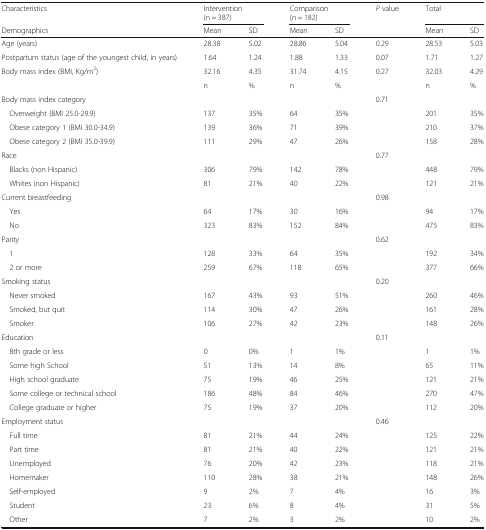
<table><thead><tr><td><b>Characteristics</b></td><td colspan="2"><b>Intervention(n = 387)</b></td><td colspan="2"><b>Comparison(n = 182)</b></td><td><b><i>P</i> value</b></td><td colspan="2"><b>Total</b></td></tr><tr><td><b>Demographics</b></td><td><b>Mean</b></td><td><b>SD</b></td><td><b>Mean</b></td><td><b>SD</b></td><td></td><td><b>Mean</b></td><td><b>SD</b></td></tr></thead><tbody><tr><td>Age (years)</td><td>28.38</td><td>5.02</td><td>28.86</td><td>5.04</td><td>0.29</td><td>28.53</td><td>5.03</td></tr><tr><td>Postpartum status (age of the youngest child, in years)</td><td>1.64</td><td>1.24</td><td>1.88</td><td>1.33</td><td>0.07</td><td>1.71</td><td>1.27</td></tr><tr><td>Body mass index (BMI, Kg/m<sup>2</sup>)</td><td>32.16</td><td>4.35</td><td>31.74</td><td>4.15</td><td>0.27</td><td>32.03</td><td>4.29</td></tr><tr><td></td><td>n</td><td>%</td><td>n</td><td>%</td><td></td><td>n</td><td>%</td></tr><tr><td>Body mass index category</td><td></td><td></td><td></td><td></td><td>0.71</td><td></td><td></td></tr><tr><td> Overweight (BMI 25.0-29.9)</td><td>137</td><td>35%</td><td>64</td><td>35%</td><td></td><td>201</td><td>35%</td></tr><tr><td> Obese category 1 (BMI 30.0-34.9)</td><td>139</td><td>36%</td><td>71</td><td>39%</td><td></td><td>210</td><td>37%</td></tr><tr><td> Obese category 2 (BMI 35.0-39.9)</td><td>111</td><td>29%</td><td>47</td><td>26%</td><td></td><td>158</td><td>28%</td></tr><tr><td>Race</td><td></td><td></td><td></td><td></td><td>0.77</td><td></td><td></td></tr><tr><td> Blacks (non Hispanic)</td><td>306</td><td>79%</td><td>142</td><td>78%</td><td></td><td>448</td><td>79%</td></tr><tr><td> Whites (non Hispanic)</td><td>81</td><td>21%</td><td>40</td><td>22%</td><td></td><td>121</td><td>21%</td></tr><tr><td>Current breastfeeding</td><td></td><td></td><td></td><td></td><td>0.98</td><td></td><td></td></tr><tr><td> Yes</td><td>64</td><td>17%</td><td>30</td><td>16%</td><td></td><td>94</td><td>17%</td></tr><tr><td> No</td><td>323</td><td>83%</td><td>152</td><td>84%</td><td></td><td>475</td><td>83%</td></tr><tr><td>Parity</td><td></td><td></td><td></td><td></td><td>0.62</td><td></td><td></td></tr><tr><td> 1</td><td>128</td><td>33%</td><td>64</td><td>35%</td><td></td><td>192</td><td>34%</td></tr><tr><td> 2 or more</td><td>259</td><td>67%</td><td>118</td><td>65%</td><td></td><td>377</td><td>66%</td></tr><tr><td>Smoking status</td><td></td><td></td><td></td><td></td><td>0.20</td><td></td><td></td></tr><tr><td> Never smoked</td><td>167</td><td>43%</td><td>93</td><td>51%</td><td></td><td>260</td><td>46%</td></tr><tr><td> Smoked, but quit</td><td>114</td><td>30%</td><td>47</td><td>26%</td><td></td><td>161</td><td>28%</td></tr><tr><td> Smoker</td><td>106</td><td>27%</td><td>42</td><td>23%</td><td></td><td>148</td><td>26%</td></tr><tr><td>Education</td><td></td><td></td><td></td><td></td><td>0.11</td><td></td><td></td></tr><tr><td> 8th grade or less</td><td>0</td><td>0%</td><td>1</td><td>1%</td><td></td><td>1</td><td>1%</td></tr><tr><td> Some high School</td><td>51</td><td>13%</td><td>14</td><td>8%</td><td></td><td>65</td><td>11%</td></tr><tr><td> High school graduate</td><td>75</td><td>19%</td><td>46</td><td>25%</td><td></td><td>121</td><td>21%</td></tr><tr><td> Some college or technical school</td><td>186</td><td>48%</td><td>84</td><td>46%</td><td></td><td>270</td><td>47%</td></tr><tr><td> College graduate or higher</td><td>75</td><td>19%</td><td>37</td><td>20%</td><td></td><td>112</td><td>20%</td></tr><tr><td>Employment status</td><td></td><td></td><td></td><td></td><td>0.46</td><td></td><td></td></tr><tr><td> Full time</td><td>81</td><td>21%</td><td>44</td><td>24%</td><td></td><td>125</td><td>22%</td></tr><tr><td> Part time</td><td>81</td><td>21%</td><td>40</td><td>22%</td><td></td><td>121</td><td>21%</td></tr><tr><td> Unemployed</td><td>76</td><td>20%</td><td>42</td><td>23%</td><td></td><td>118</td><td>21%</td></tr><tr><td> Homemaker</td><td>110</td><td>28%</td><td>38</td><td>21%</td><td></td><td>148</td><td>26%</td></tr><tr><td> Self-employed</td><td>9</td><td>2%</td><td>7</td><td>4%</td><td></td><td>16</td><td>3%</td></tr><tr><td> Student</td><td>23</td><td>6%</td><td>8</td><td>4%</td><td></td><td>31</td><td>5%</td></tr><tr><td> Other</td><td>7</td><td>2%</td><td>3</td><td>2%</td><td></td><td>10</td><td>2%</td></tr></tbody></table>